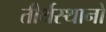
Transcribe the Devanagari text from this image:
तीर्थस्थानो